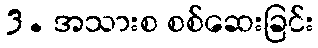
3. အသားစ စစ်ဆေးခြင်း